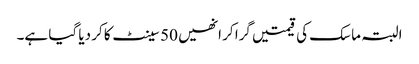
البتہ ماسک کی قیمتیں گرا کر انھیں 50 سینٹ کا کر دیا گیا ہے۔